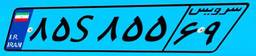
۸۵S۸۵۵۶۹